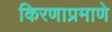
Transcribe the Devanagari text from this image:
किरणाप्रमाणे